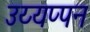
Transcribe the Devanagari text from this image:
उय्यप्पन